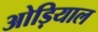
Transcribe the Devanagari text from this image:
ओड़ियाल